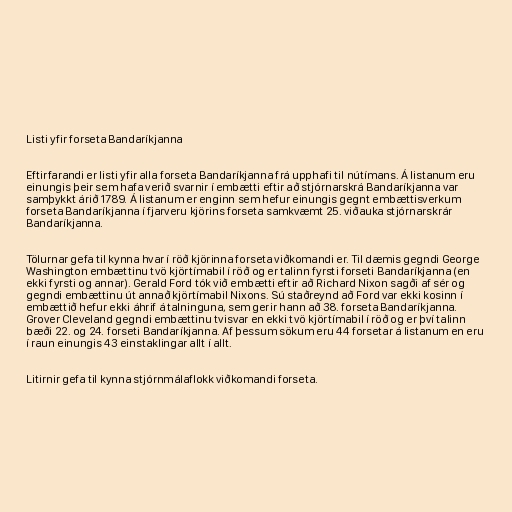
Listi yfir forseta Bandaríkjanna

Eftirfarandi er listi yfir alla forseta Bandaríkjanna frá upphafi til nútímans. Á listanum eru
einungis þeir sem hafa verið svarnir í embætti eftir að stjórnarskrá Bandaríkjanna var
samþykkt árið 1789. Á listanum er enginn sem hefur einungis gegnt embættisverkum
forseta Bandaríkjanna í fjarveru kjörins forseta samkvæmt 25. viðauka stjórnarskrár
Bandaríkjanna.

Tölurnar gefa til kynna hvar í röð kjörinna forseta viðkomandi er. Til dæmis gegndi George
Washington embættinu tvö kjörtímabil í röð og er talinn fyrsti forseti Bandaríkjanna (en
ekki fyrsti og annar). Gerald Ford tók við embætti eftir að Richard Nixon sagði af sér og
gegndi embættinu út annað kjörtímabil Nixons. Sú staðreynd að Ford var ekki kosinn í
embættið hefur ekki áhrif á talninguna, sem gerir hann að 38. forseta Bandaríkjanna.
Grover Cleveland gegndi embættinu tvisvar en ekki tvö kjörtímabil í röð og er því talinn
bæði 22. og 24. forseti Bandaríkjanna. Af þessum sökum eru 44 forsetar á listanum en eru
í raun einungis 43 einstaklingar allt í allt.

Litirnir gefa til kynna stjórnmálaflokk viðkomandi forseta.